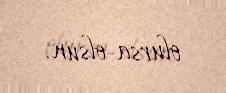
olursa-olsun.